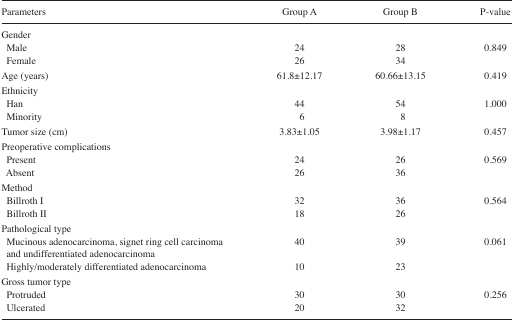
<table><thead><tr><td><b>Parameters</b></td><td><b>Group A</b></td><td><b>Group B</b></td><td><b>P-value</b></td></tr></thead><tbody><tr><td colspan="4">Gender</td></tr><tr><td> Male</td><td>24</td><td>28</td><td>0.849</td></tr><tr><td> Female</td><td>26</td><td>34</td><td></td></tr><tr><td>Age (years)</td><td>61.8±12.17</td><td>60.66±13.15</td><td>0.419</td></tr><tr><td colspan="4">Ethnicity</td></tr><tr><td> Han</td><td>44</td><td>54</td><td>1.000</td></tr><tr><td> Minority</td><td>6</td><td>8</td><td></td></tr><tr><td>Tumor size (cm)</td><td>3.83±1.05</td><td>3.98±1.17</td><td>0.457</td></tr><tr><td colspan="4">Preoperative complications</td></tr><tr><td> Present</td><td>24</td><td>26</td><td>0.569</td></tr><tr><td> Absent</td><td>26</td><td>36</td><td></td></tr><tr><td colspan="4">Method</td></tr><tr><td> Billroth I</td><td>32</td><td>36</td><td>0.564</td></tr><tr><td> Billroth II</td><td>18</td><td>26</td><td></td></tr><tr><td colspan="4">Pathological type</td></tr><tr><td> Mucinous adenocarcinoma, signet ring cell carcinoma and undifferentiated adenocarcinoma</td><td>40</td><td>39</td><td>0.061</td></tr><tr><td> Highly/moderately differentiated adenocarcinoma</td><td>10</td><td>23</td><td></td></tr><tr><td colspan="4">Gross tumor type</td></tr><tr><td> Protruded</td><td>30</td><td>30</td><td>0.256</td></tr><tr><td> Ulcerated</td><td>20</td><td>32</td><td></td></tr></tbody></table>